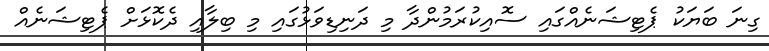
ގިނަ ބަޔަކު ޕެޓިޝަނެއްގައި ސޮއިކުރަމުންދާ މި ދަނިޑިވަޅުގައި މި ބިލާއި ދެކޮޅަށް ޕެޓިޝަނެއް